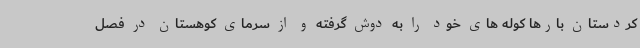
کردستان بارها کوله های خود را به دوش گرفته و از سرمای کوهستان در فصل